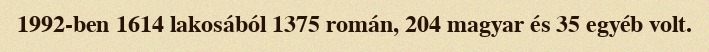
1992-ben 1614 lakosából 1375 román, 204 magyar és 35 egyéb volt.